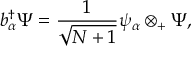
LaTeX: b _ { \alpha } ^ { \dagger } \Psi = { \frac { 1 } { \sqrt { N + 1 } } } \psi _ { \alpha } \otimes _ { + } \Psi ,